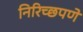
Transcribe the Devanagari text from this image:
निरिच्छपणे